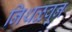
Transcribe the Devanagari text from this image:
निथळवून